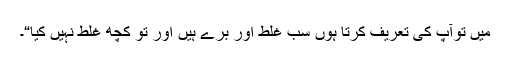
میں توآپ کی تعریف کرتا ہوں سب غلط اور بُرے ہیں اور تو کچھ غلط نہیں کیا“۔